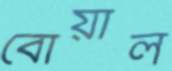
বোয়াল